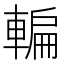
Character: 䡢